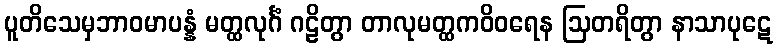
ပူတိသေမှဘာဝမာပန္နံ မတ္ထလုင်္ဂံ ဂဠိတွာ တာလုမတ္ထကဝိဝရေန ဩတရိတွာ နာသာပုဋေ